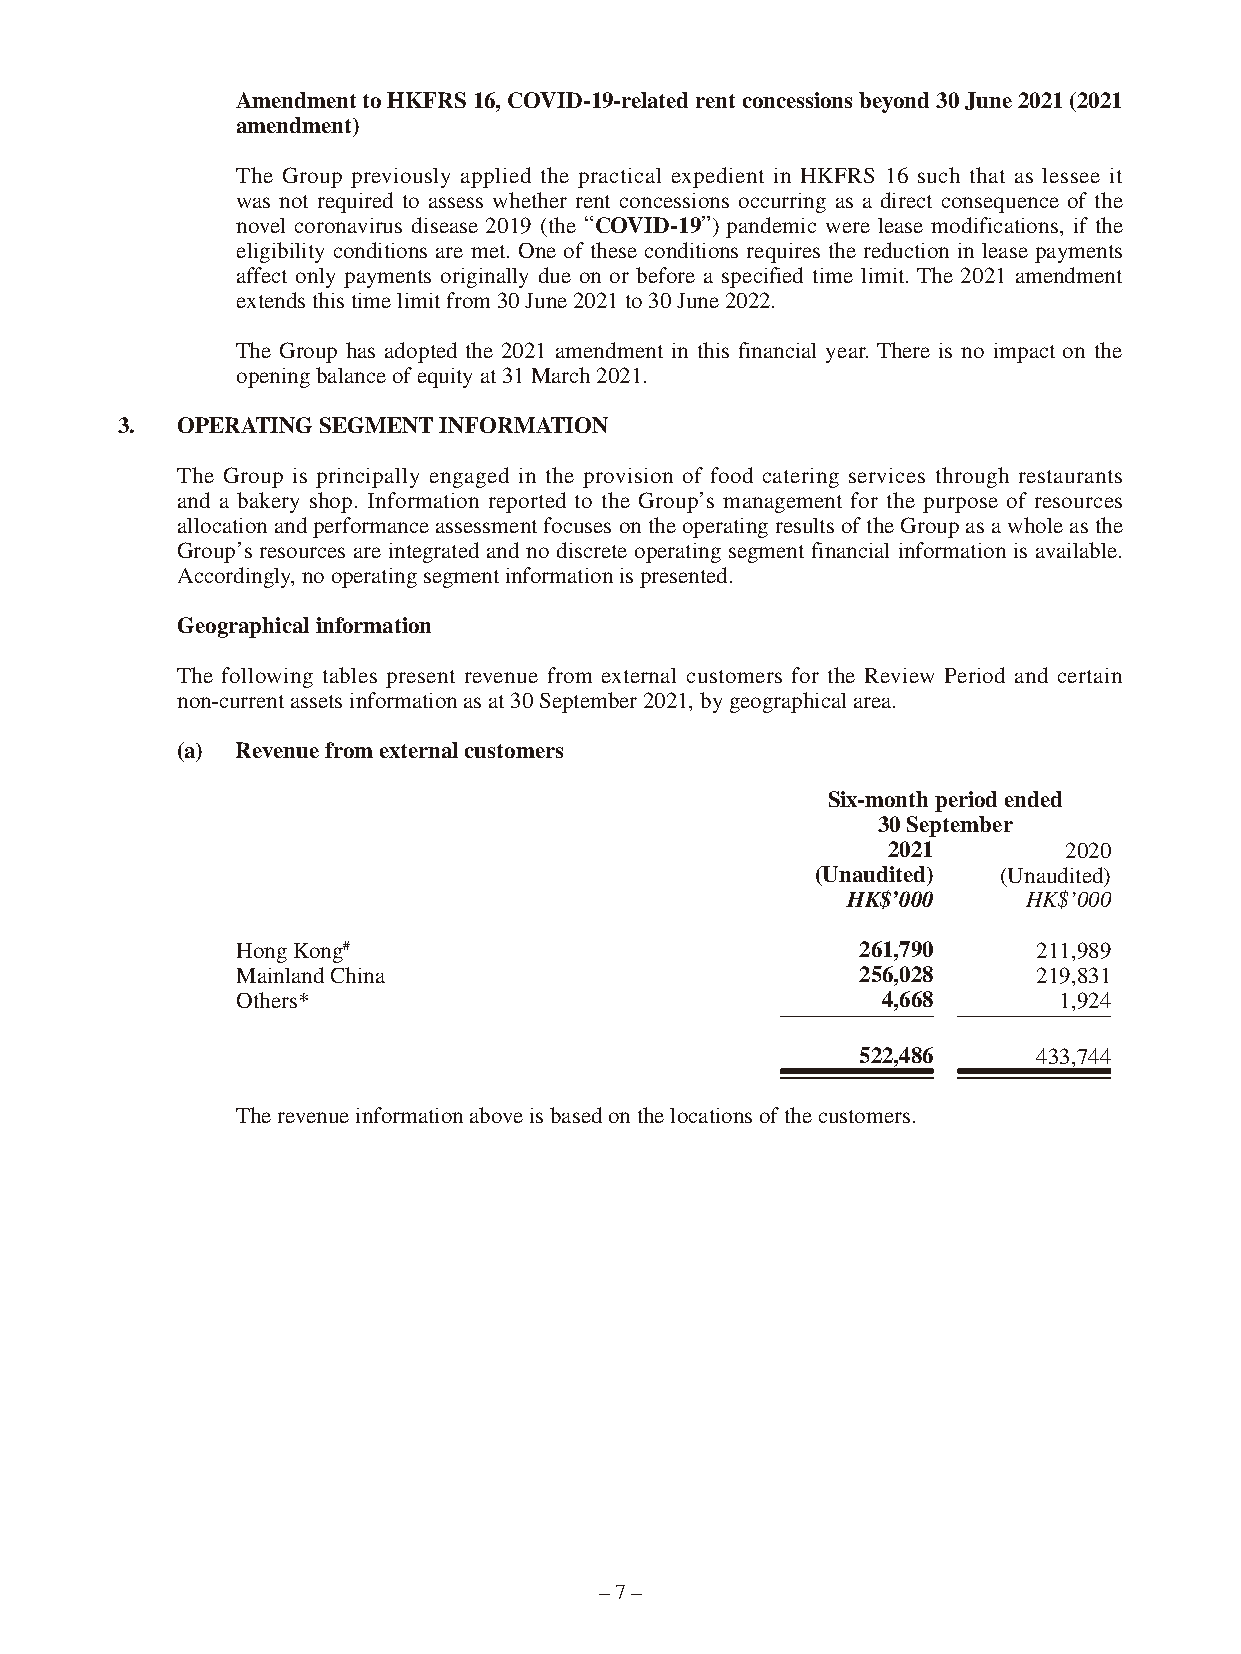
Amendment to HKFRS 16, COVID-19-related rent concessions beyond 30 June 2021 (2021
 amendment)
 The Group previously applied the practical expedient in HKFRS 16 such that as lessee it
 was not required to assess whether rent concessions occurring as a direct consequence of the
 novel coronavirus disease 2019 (the “COVID-19”) pandemic were lease modifications, if the
 eligibility conditions are met. One of these conditions requires the reduction in lease payments
 affect only payments originally due on or before a specified time limit. The 2021 amendment
 extends this time limit from 30 June 2021 to 30 June 2022.
 The Group has adopted the 2021 amendment in this financial year. There is no impact on the
 opening balance of equity at 31 March 2021.
 3.  OPERATING SEGMENT INFORMATION
 The Group is principally engaged in the provision of food catering services through restaurants
 and a bakery shop. Information reported to the Group’s management for the purpose of resources
 allocation and performance assessment focuses on the operating results of the Group as a whole as the
 Group’s resources are integrated and no discrete operating segment financial information is available.
 Accordingly, no operating segment information is presented.
 Geographical information
 The following tables present revenue from external customers for the Review Period and certain
 non-current assets information as at 30 September 2021, by geographical area.
 (a) Revenue from external customers
 Six-month period ended
 30 September
 2021       2020
 (Unaudited) (Unaudited)
 HK$’000     HK$’000
 Hong Kong#                               261,790     211,989
 Mainland China                           256,028     219,831
 Others*                                   4,668       1,924
 522,486     433,744
 The revenue information above is based on the locations of the customers.
 – 7 –